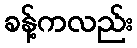
ခန့်ကလည်း